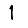
Digit: 1